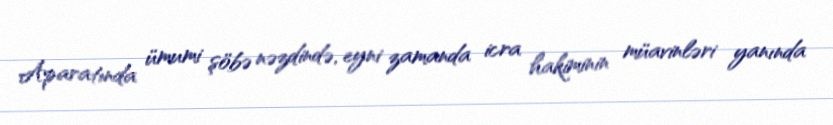
Aparatında ümumi şöbə nəzdində, eyni zamanda icra hakiminin müavinləri yanında